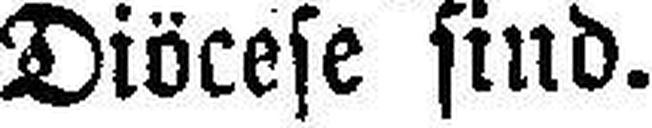
Diöcese sind.